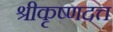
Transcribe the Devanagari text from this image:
श्रीकृष्णदत्त